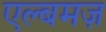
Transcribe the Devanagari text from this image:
एल्बमज़